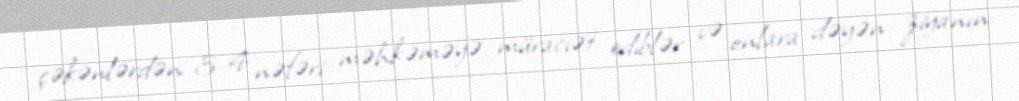
çəkənlərdən 3-4 nəfəri məhkəməyə müraciət ediblər və onlara dəyən ziyanın